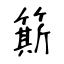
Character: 簛